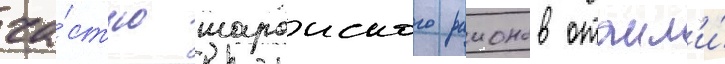
ча́стью шароиского раионов отошл'и́